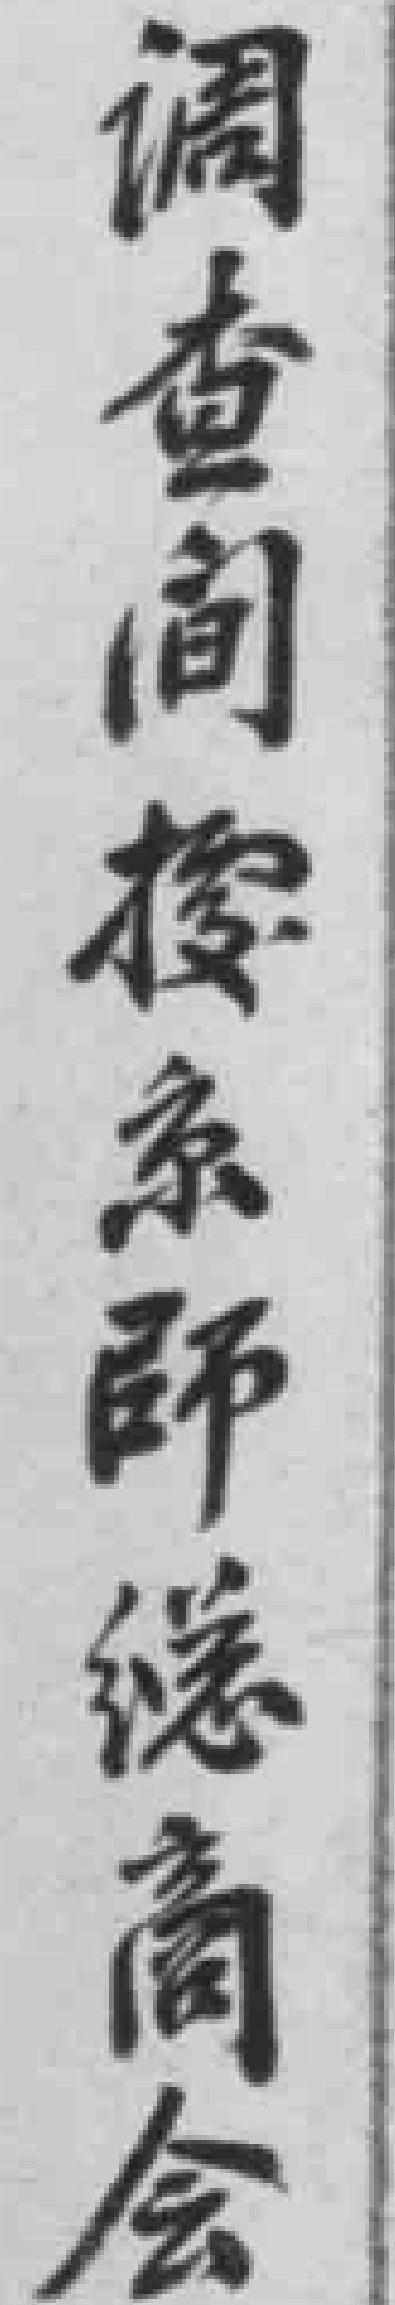
调查间*京師總商会